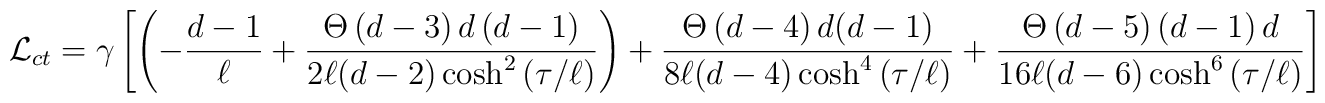
{\cal L}_{ct}=\gamma \left[ \left( -\frac{d-1}{\ell }+\frac{\Theta \left(d-3\right) d\left( d-1\right) }{2\ell (d-2)\cosh ^{2}\left( \tau /\ell\right) }\right) +\frac{\Theta \left( d-4\right) d(d-1)}{8\ell (d-4)\cosh^{4}\left( \tau /\ell \right) }+\frac{\Theta \left( d-5\right) \left(d-1\right) d}{16\ell (d-6)\cosh ^{6}\left( \tau /\ell \right) }\right]